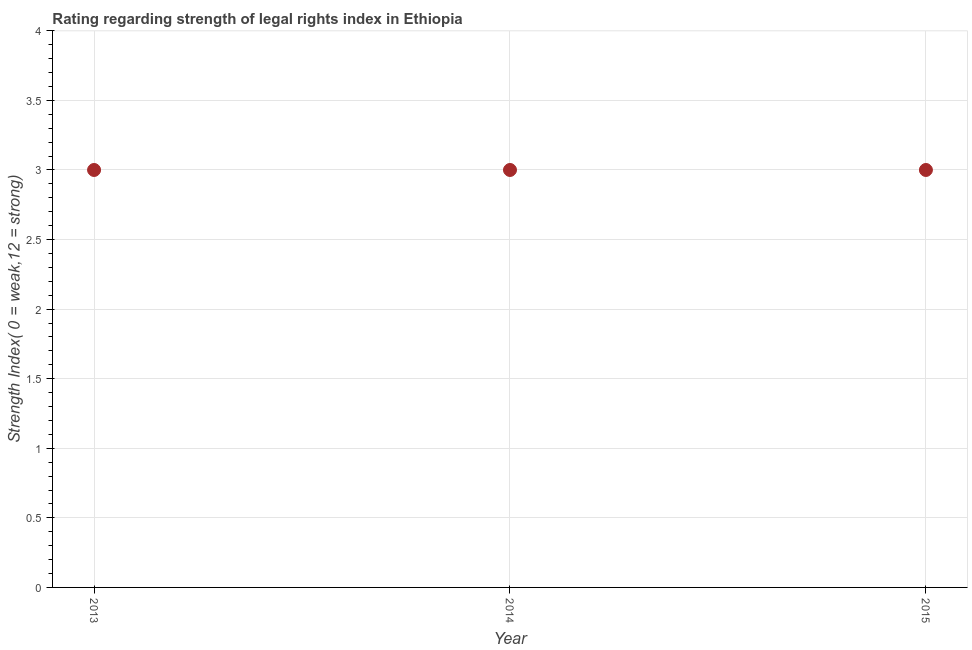
| Year | Strength of legal rights index |
 | --- | --- |
 | 2013 | 3 |
 | 2014 | 3 |
 | 2015 | 3 |